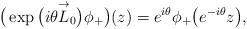
LaTeX: \begin{gather*}\big(\exp \big(i\theta \overset{\rightarrow}{L}_0\big)\phi_+\big)(z)=e^{i\theta}\phi_+\big(e^{-i\theta}z\big),\end{gather*}